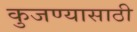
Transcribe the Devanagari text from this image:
कुजण्यासाठी